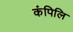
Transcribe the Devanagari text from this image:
कंपिलि